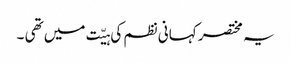
یہ مختصر کہانی نظم کی ہیّت میں تھی ۔